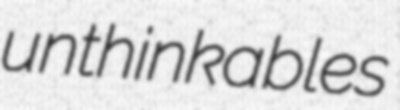
unthinkables